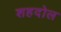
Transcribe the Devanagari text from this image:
शहदोल